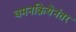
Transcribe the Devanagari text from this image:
वमनक्रियेनंतर